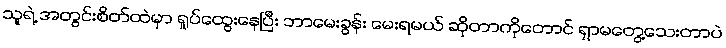
သူရဲ့ အတွင်းစိတ်ထဲမှာ ရှုပ်ထွေးနေပြီး ဘာမေးခွန်း မေးရမယ် ဆိုတာကိုတောင် ရှာမတွေ့သေးတာပဲ